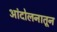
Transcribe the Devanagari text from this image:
आंदोलनातून